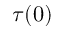
\tau ( 0 )